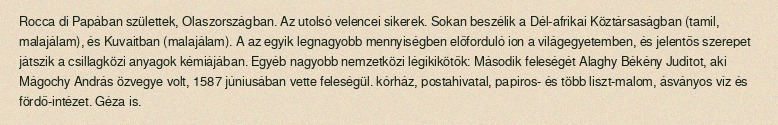
Rocca di Papában születtek, Olaszországban. Az utolsó velencei sikerek. Sokan beszélik a Dél-afrikai Köztársaságban (tamil, malajálam), és Kuvaitban (malajálam). A az egyik legnagyobb mennyiségben előforduló ion a világegyetemben, és jelentős szerepet játszik a csillagközi anyagok kémiájában. Egyéb nagyobb nemzetközi légikikötők: Második feleségét Alaghy Békény Juditot, aki Mágochy András özvegye volt, 1587 júniusában vette feleségül. kórház, postahivatal, papiros- és több liszt-malom, ásványos víz és fördő-intézet. Géza is.